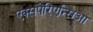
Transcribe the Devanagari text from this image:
एक्सपेरिएन्सिआ